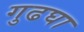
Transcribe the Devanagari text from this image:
गुढघा